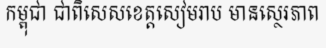
កម្ពុជា ជាពិសេសខេត្តសៀមរាប មានស្ថេរភាព